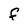
Character: f